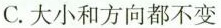
C.大小和方向都不变